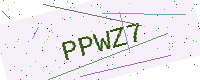
Text: PPWZ7